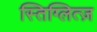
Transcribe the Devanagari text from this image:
स्तिग्लित्ज़